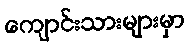
ကျောင်းသားများမှာ